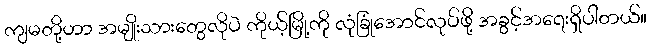
ကျမတို့ဟာ အမျိုးသားတွေလိုပဲ ကိုယ့်မြို့ကို လုံခြုံအောင်လုပ်ဖို့ အခွင့်အရေးရှိပါတယ်။